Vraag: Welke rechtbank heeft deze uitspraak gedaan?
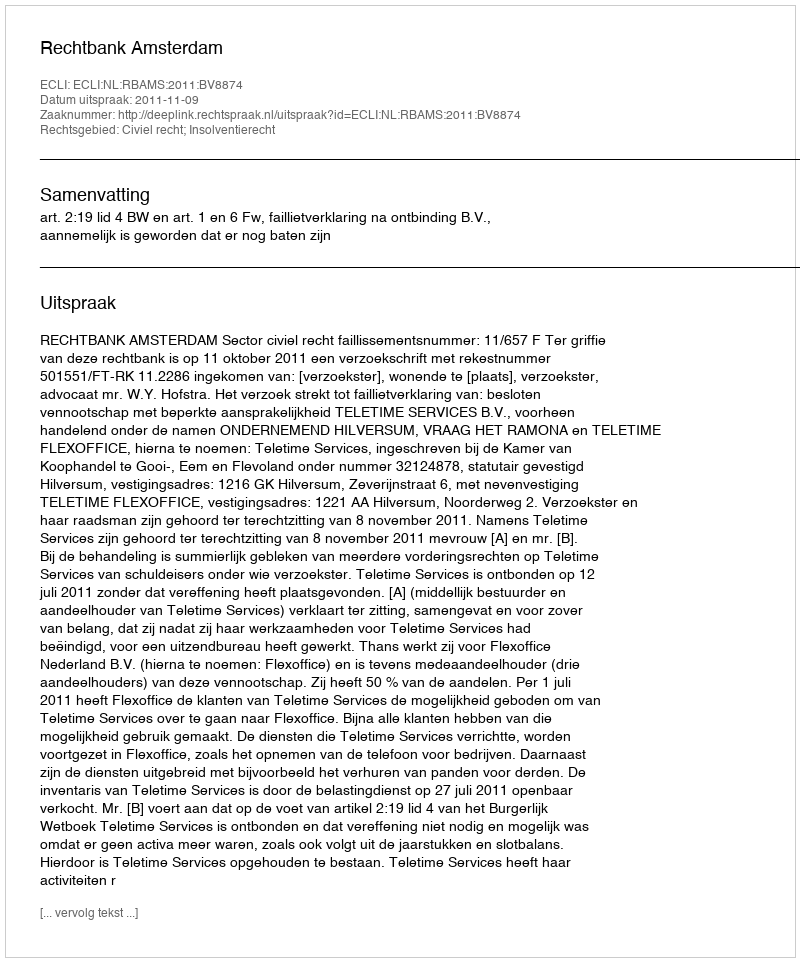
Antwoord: Rechtbank Amsterdam